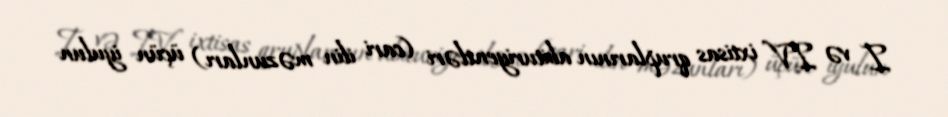
I və IV ixtisas qruplarının abituriyentləri (cari ilin məzunları) üçün iyulun